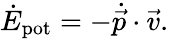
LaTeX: \dot{E}_{\mathrm{pot}}=-\dot{\vec{p}}\cdot\vec{v}.